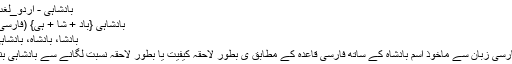
بادشاہی - اردو_لغت
بادْشاہی {باد + شا + ہی} (فارسی)
بادشا، بادْشاہ، بادْشاہی
فارسی زبان سے ماخوذ اسم بادشاہ کے ساتھ فارسی قاعدہ کے مطابق ی بطور لاحقہ کیفیت یا بطور لاحقہ نسبت لگانے سے بادشاہی بنا۔